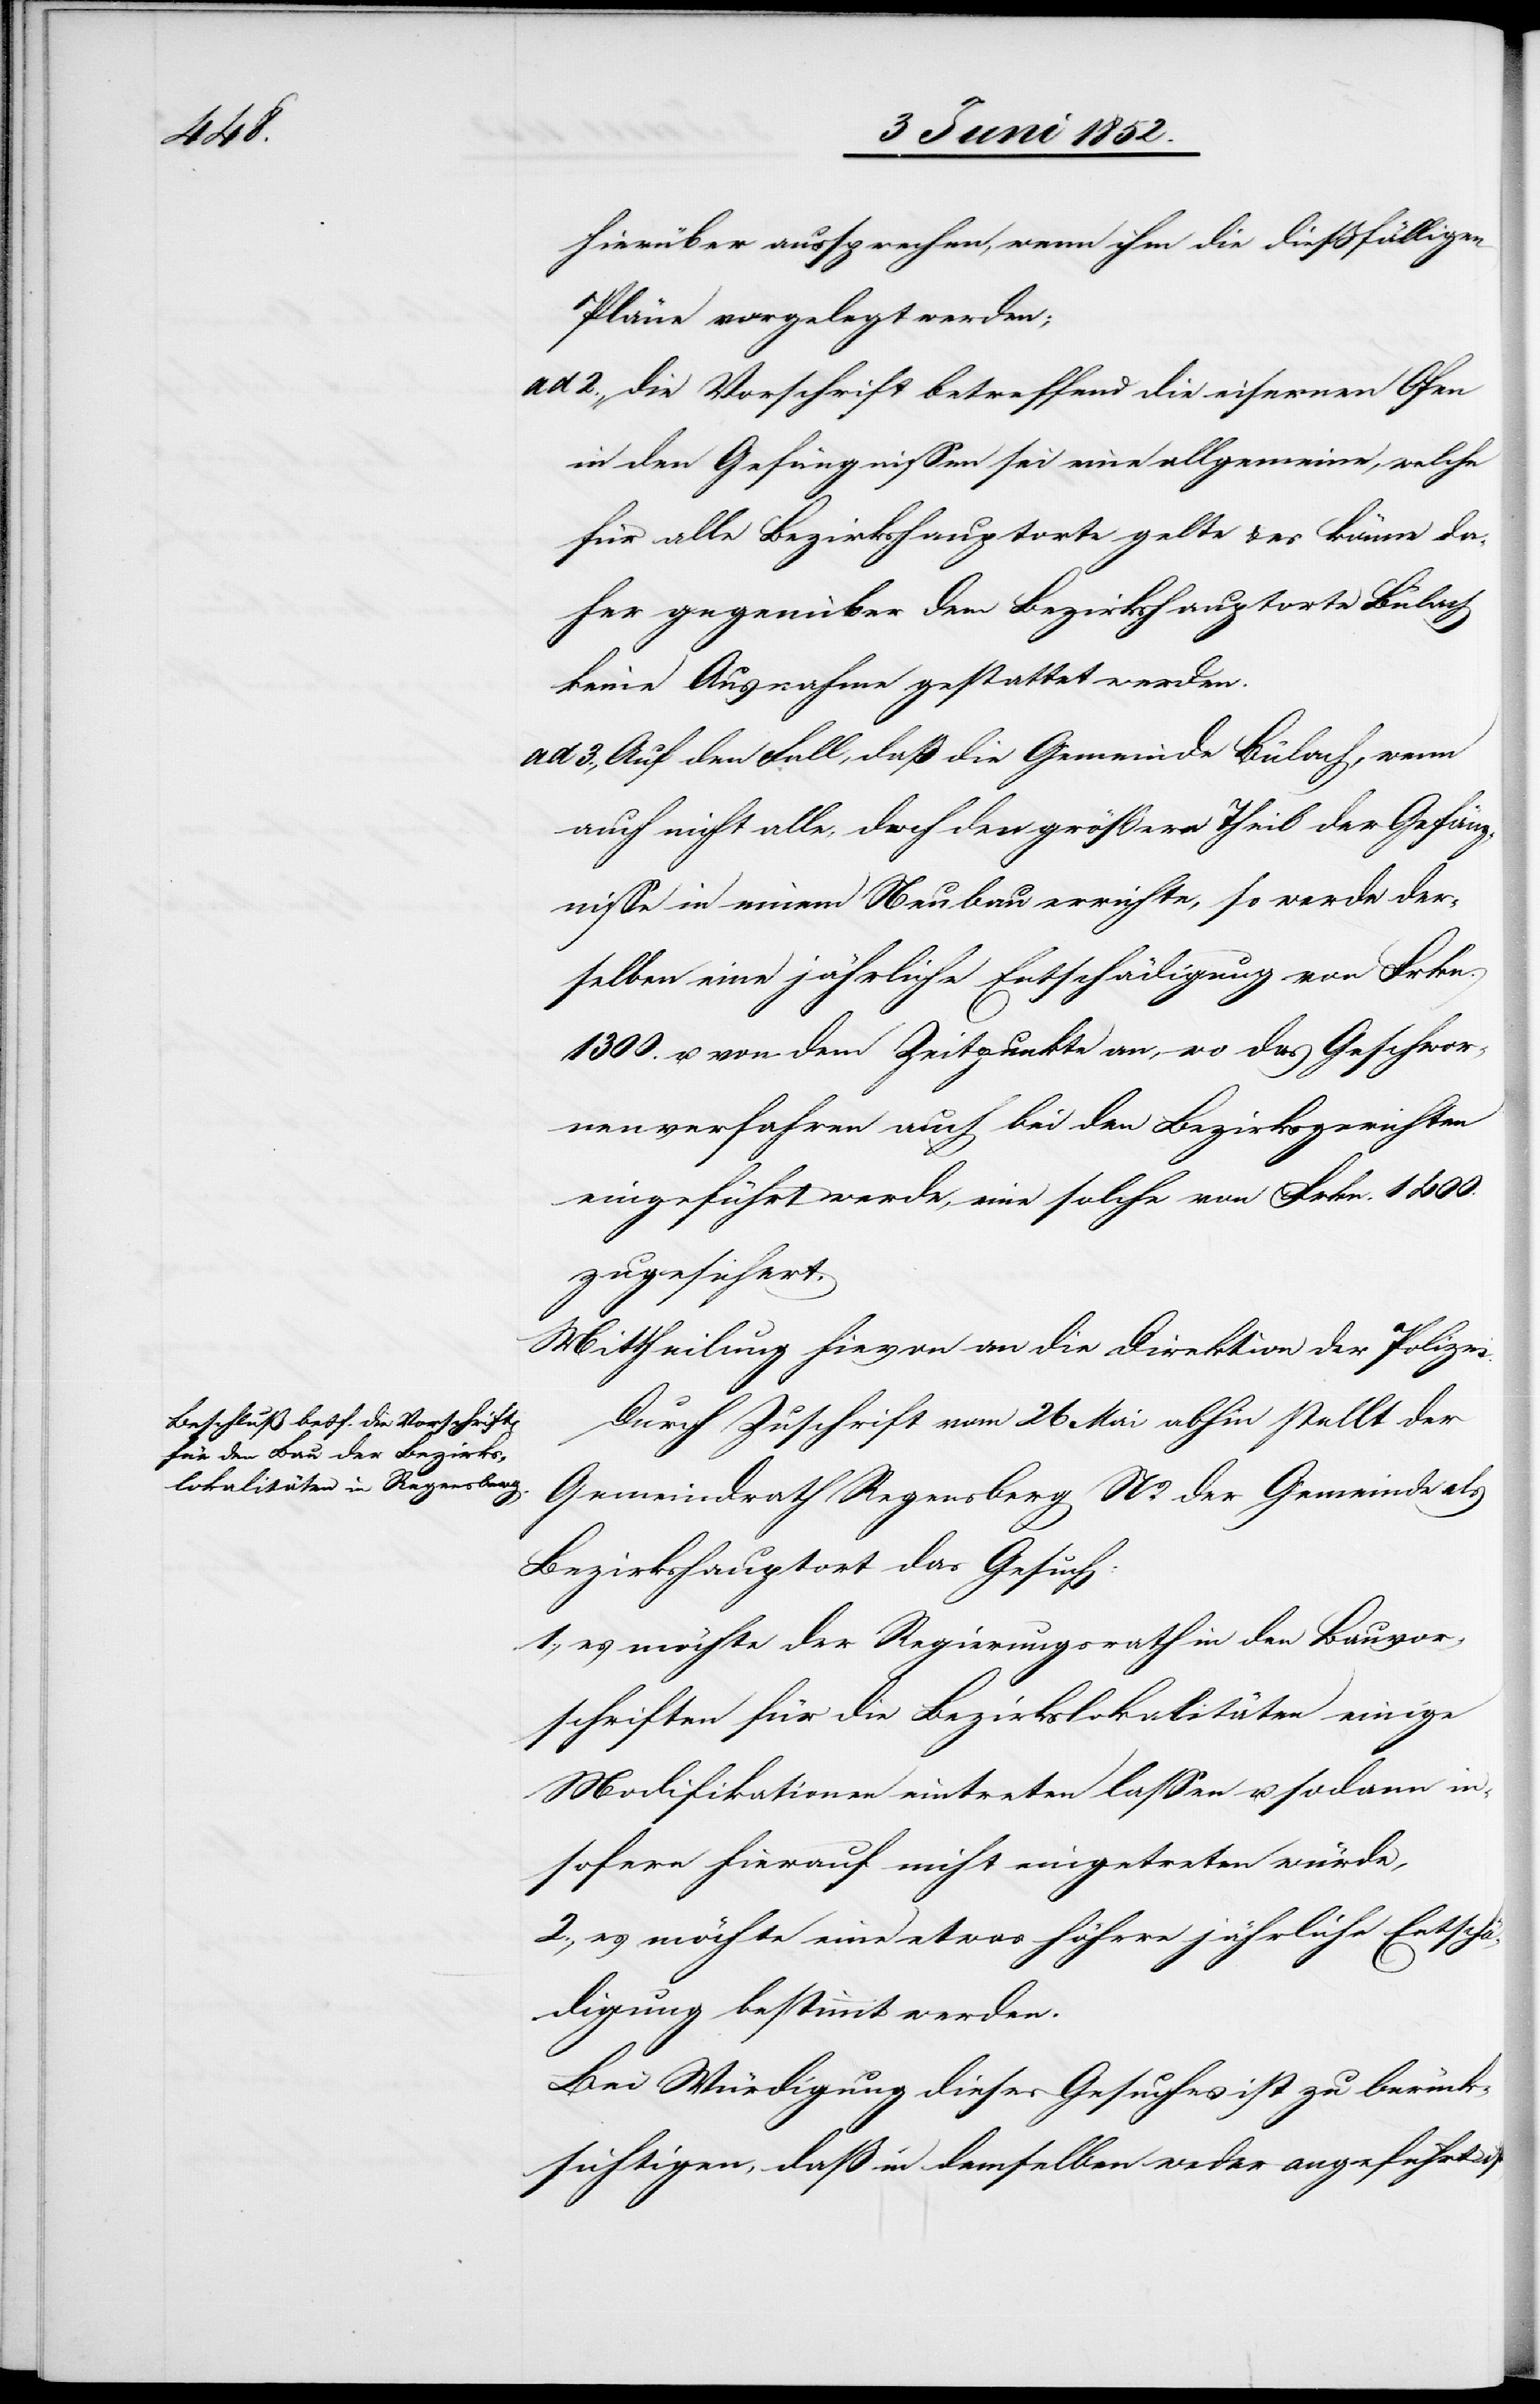
hierüber aussprechen, wenn ihm die diessfälligen
Pläne vorgelegt werden;
die Vorschrift betreffend die eisernen Ofen
in den Gefängnissen sei eine allgemeine, welche
für alle Bezirkshauptorte gelte & es könne da¬
her gegenüber dem Bezirkshauptorte Bülach
keine Ausnahme gestattet werden.
Auf den Fall, daß die Gemeinde Bülach, wenn
auch nicht alle, doch den größern Theil der Gefäng¬
nisse in einem Neubau errichte, so werde der¬
selben eine jährliche Entschädigung von Frkn.
1300. u. von dem Zeitpunkte an, wo das Geschwor¬
nenverfahren auch bei den Bezirksgerichten
eingeführt werde, eine solche von Frkn. 1400.
zugesichert.
Mittheilung hievon an die Direktion der Polizei.
Durch Zuschrift vom 26 Mai abhin stellt der
Gemeindrath Regensberg Ns. der Gemeinde als
Bezirkshauptort das Gesuch:
1., es möchte der Regierungsrath in den Bauvor¬
schriften für die Bezirkslokalitäten einige
Modifikationen eintreten lassen u. sodann in¬
sofern hierauf nicht eingetreten würde,
2., es möchte eine etwas höhere jährliche Entschä¬
digung bestimmt werden.
Bei Würdigung dieses Gesuches ist zu berück¬
sichtigen, daß in demselben weder angeführt ist